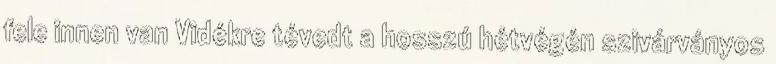
fele innen van Vidékre tévedt a hosszú hétvégén szivárványos